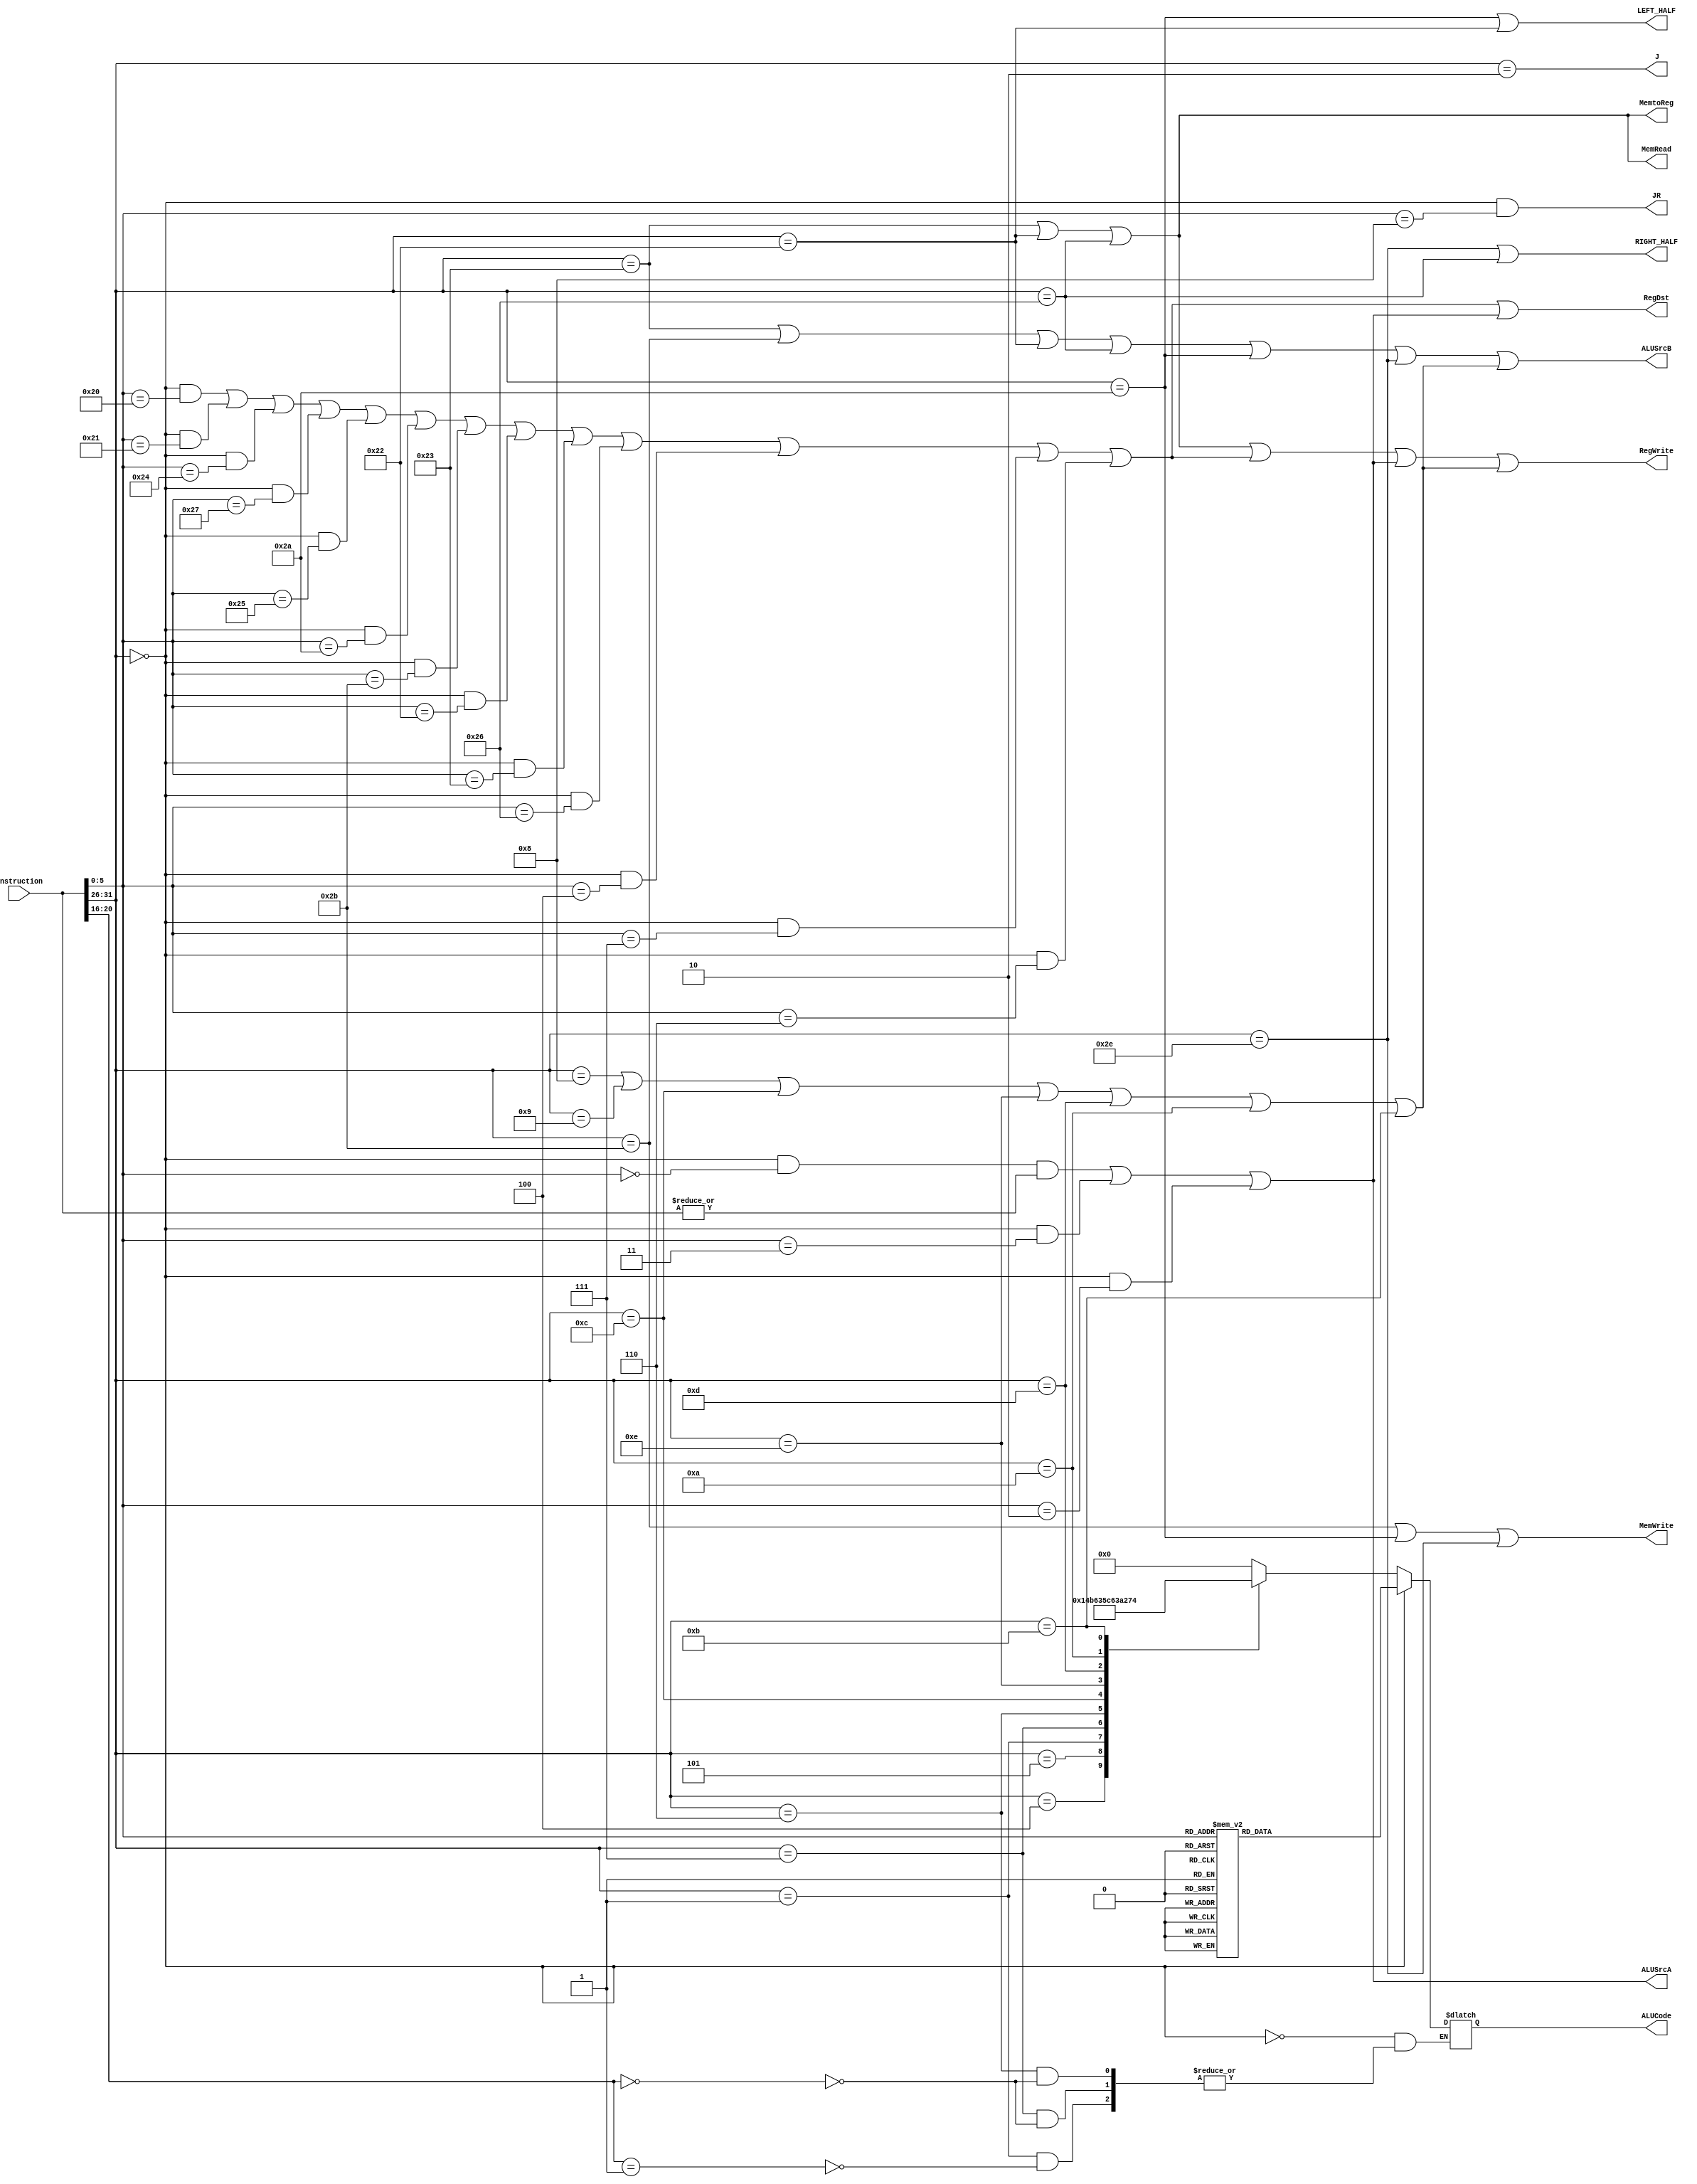
`timescale 1ns / 1ps
//////////////////////////////////////////////////////////////////////////////////
// Company: 
// Engineer: 
// 
// Design Name: 
// Module Name:    Decode 
// Project Name: 
// Target Devices: 
// Tool versions: 
// Description: 
//
// Dependencies: 
//
// Revision: 
// Revision 0.01 - File Created
// Additional Comments: 
//
//////////////////////////////////////////////////////////////////////////////////
module Decode(
// Outputs
	MemtoReg,RegWrite,MemWrite,MemRead,LEFT_HALF,RIGHT_HALF,ALUCode,ALUSrcA,ALUSrcB,
	RegDst,J ,JR,
// Inputs
	Instruction
);
input [31:0]  Instruction;  // current instruction
output  MemtoReg; // use memory output as data to write into register
output  RegWrite; // enable writing back to the register
output  MemWrite; // write to memory
output MemRead;
output LEFT_HALF;
output RIGHT_HALF;
output [4:0] ALUCode; // ALU operation select
output ALUSrcA,ALUSrcB;
output RegDst;
output J,JR;
//******************************************************************************
// instruction field
//******************************************************************************
wire [5:0] op;
wire [4:0] rt;
wire [5:0] funct;
assign op = Instruction[31:26];
assign funct  = Instruction[5:0];
assign rt = Instruction[20:16];
//******************************************************************************
//R_type instruction decode
//******************************************************************************
parameter R_type_op= 6'b000000;
parameter ADD_funct = 6'b100000;
parameter ADDU_funct = 6'b100001;
parameter AND_funct = 6'b100100;
parameter XOR_funct = 6'b100110;
parameter OR_funct = 6'b100101;
parameter NOR_funct = 6'b100111;
parameter SUB_funct = 6'b100010;
parameter SUBU_funct = 6'b100011;
parameter SLT_funct = 6'b101010;
parameter SLTU_funct = 6'b101011; 
parameter SLL_funct= 6'b000000;
parameter SLLV_funct=6'b000100;
parameter SRL_funct= 6'b000010;
parameter SRLV_funct=6'b000110;
parameter SRA_funct= 6'b000011;
parameter SRAV_funct=6'b000111;
parameter JR_funct= 6'b001000;
//******************************************************************************
// R_type1 instruction decode
//******************************************************************************
wire ADD,ADDU,AND,NOR,OR,SLT,SLTU,SUB,SUBU,XOR,SLLV, SRAV, SRLV,R_type1;
assign ADD  = (op == R_type_op) && (funct ==ADD_funct);
assign ADDU = (op == R_type_op) && (funct == ADDU_funct);
assign AND  = (op == R_type_op) && (funct == AND_funct);
assign NOR  = (op == R_type_op) && (funct == NOR_funct);
assign OR = (op == R_type_op) && (funct == OR_funct);
assign SLT  = (op == R_type_op) && (funct == SLT_funct);
assign SLTU  = (op == R_type_op) && (funct == SLTU_funct);
assign SUB  = (op == R_type_op) && (funct == SUB_funct);
assign SUBU = (op == R_type_op) && (funct == SUBU_funct);
assign XOR  = (op == R_type_op) && (funct == XOR_funct);
assign SLLV  = (op == R_type_op) && (funct == SLLV_funct);
assign SRAV = (op == R_type_op) && (funct == SRAV_funct);
assign SRLV  = (op == R_type_op) && (funct == SRLV_funct);
assign R_type1 =ADD || ADDU || AND || NOR || OR || SLT || SLTU || SUB
|| SUBU || XOR ||  SLLV || SRAV || SRLV;
//******************************************************************************
// R_type2 instruction decode
//******************************************************************************
wire SLL, SRA, SRL,R_type2;
assign SLL = (op == R_type_op) && (funct == SLL_funct) && (|Instruction);
assign SRA = (op == R_type_op) && (funct == SRA_funct);
assign SRL = (op == R_type_op) && (funct == SRL_funct);
assign R_type2=SLL || SRA || SRL; 
//******************************************************************************
// JR instruction decode
//******************************************************************************
assign JR = (op == R_type_op) && (funct == JR_funct);
//******************************************************************************
// branch instructions decode
//******************************************************************************
parameter BEQ_op= 6'b000100;
parameter BNE_op = 6'b000101;
parameter BGEZ_op= 6'b000001;
parameter BGEZ_rt= 5'b00001;
parameter BGTZ_op= 6'b000111;
parameter BGTZ_rt= 5'b00000;
parameter BLEZ_op = 6'b000110;
parameter BLEZ_rt = 5'b00000;
parameter BLTZ_op= 6'b000001;
parameter BLTZ_rt= 5'b00000;
wire BEQ, BGEZ, BGTZ, BLEZ, BLTZ, BNE,Branch;
assign BEQ = (op ==BEQ_op );
assign BNE = (op ==BNE_op );
assign BGEZ = (op == BGEZ_op) && (rt == BGEZ_rt);
assign BGTZ = (op == BGTZ_op) && (rt== BGTZ_rt);
assign BLEZ = (op == BLEZ_op) && (rt == BLEZ_rt);
assign BLTZ = (op == BLTZ_op) && (rt ==BLTZ_rt);
assign Branch=BEQ || BNE ||BGEZ || BGTZ || BLEZ ||BLTZ;
//******************************************************************************
// Jump instructions decode
//******************************************************************************
parameter J_op=6'b000010;
assign J=(op == J_op);
//******************************************************************************
// I_type instruction decode
//******************************************************************************
parameter ADDI_op = 6'b001000;
parameter ADDIU_op= 6'b001001;
parameter ANDI_op = 6'b001100;
parameter XORI_op = 6'b001110;
parameter ORI_op = 6'b001101;
parameter SLTI_op = 6'b001010;
parameter SLTIU_op= 6'b001011;
wire ADDI,ADDIU,ANDI,XORI,ORI,SLTI,SLTIU,I_type;
assign ADDI = (op == ADDI_op) ; 
assign ADDIU= (op == ADDIU_op) ;
assign ANDI= (op == ANDI_op) ;
assign XORI= (op == XORI_op) ;
assign SLTI= (op == SLTI_op) ;
assign SLTIU= (op == SLTIU_op) ;
assign ORI= (op == ORI_op) ; 
assign I_type=ADDI || ADDIU || ANDI || XORI || ORI || SLTI || SLTIU;
//******************************************************************************
// SW ,LW instruction decode
//******************************************************************************
parameter SW_op = 6'b101011;
parameter SWL_op = 6'b101010;
parameter SWR_op = 6'b101110;
parameter LW_op = 6'b100011;
parameter LWL_op = 6'b100010;
parameter LWR_op = 6'b100110;
wire SW,LW,SH,LH;
assign SW= (op == SW_op) ;
assign SWL= (op == SWL_op) ;
assign SWR= (op == SWR_op);
assign LW= (op == LW_op) ;
assign LWL= (op == LWL_op) ;
assign LWR= (op == LWR_op) ; 
//******************************************************************************
// Control Singal
//******************************************************************************
assign RegWrite= LW || LWL || LWR || R_type1 || R_type2 || I_type;
assign RegDst= R_type1 || R_type2;
assign MemWrite= SW || SWL || SWR;
assign MemRead= LW || LWL || LWR;
assign MemtoReg= LW || LWL || LWR;
assign ALUSrcA= R_type2;
assign ALUSrcB= LW || SW || LWL || LWR || SWL || SWR || I_type;
assign LEFT_HALF = SWL || LWL;
assign RIGHT_HALF = SWR || LWR;
//******************************************************************************
// ALUCode
//******************************************************************************//
parameter alu_add= 5'b00000;
parameter alu_and= 5'b00001;
parameter alu_xor= 5'b00010;
parameter alu_or = 5'b00011;
parameter alu_nor= 5'b00100;
parameter alu_sub= 5'b00101;
parameter alu_andi= 5'b00110;
parameter alu_xori= 5'b00111;
parameter alu_ori = 5'b01000;
parameter alu_jr = 5'b01001;
parameter alu_beq= 5'b01010;
parameter alu_bne= 5'b01011;
parameter alu_bgez= 5'b01100;
parameter alu_bgtz= 5'b01101;
parameter alu_blez= 5'b01110;
parameter alu_bltz= 5'b01111;
parameter alu_sll= 5'b10000;
parameter alu_srl= 5'b10001;
parameter alu_sra= 5'b10010; 
parameter alu_slt= 5'b10011;
parameter alu_sltu= 5'b10100; 
reg[4:0] ALUCode;
always@(*)
begin
if(op==R_type_op)
begin
case(funct)
ADD_funct :ALUCode<=alu_add;
ADDU_funct :ALUCode<=alu_add;
AND_funct :ALUCode<=alu_and;
XOR_funct :ALUCode<=alu_xor;
OR_funct :ALUCode<=alu_or;
NOR_funct :ALUCode<=alu_nor;
SUB_funct :ALUCode<=alu_sub;
SUBU_funct :ALUCode<=alu_sub;
SLT_funct :ALUCode<=alu_slt;
SLTU_funct :ALUCode<=alu_sltu;
SLL_funct :ALUCode<=alu_sll;
SLLV_funct :ALUCode<=alu_sll;
SRL_funct :ALUCode<=alu_srl;
SRLV_funct :ALUCode<=alu_srl;
SRA_funct :ALUCode<=alu_sra;
default :ALUCode<=alu_sra;
endcase
end
else
begin
case(op)
BEQ_op :ALUCode<=alu_beq;
BNE_op :ALUCode<=alu_bne;
BGEZ_op :begin if(rt==BGEZ_rt) ALUCode<=alu_bgez;end
BGTZ_op :begin if(rt==BGTZ_rt) ALUCode<=alu_bgtz;end
BLEZ_op :begin if(rt==BLEZ_rt) ALUCode<=alu_blez;end
BLTZ_op :begin if(rt==BLTZ_rt) ALUCode<=alu_bltz;end
ADDI_op :ALUCode<=alu_add;
ADDIU_op:ALUCode<=alu_add;
ANDI_op :ALUCode<=alu_andi;
XORI_op :ALUCode<=alu_xori;
ORI_op :ALUCode<=alu_ori;
SLTI_op :ALUCode<=alu_slt;
SLTIU_op:ALUCode<=alu_sltu;
SW_op :ALUCode<=alu_add;
LW_op :ALUCode<=alu_add;
default :ALUCode<=alu_add;
endcase
end
end
endmodule